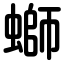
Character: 螄